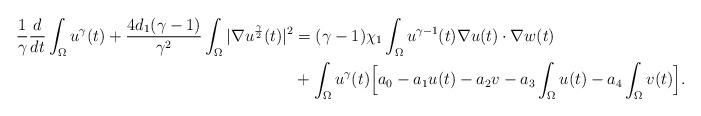
LaTeX: \begin{align*}\frac{1}{\gamma}\frac{d}{dt}\int_{\Omega}u^{\gamma}(t)+\frac{4d_1(\gamma-1)}{\gamma^2}\int_{\Omega} |\nabla u^{\frac{\gamma}{2}}(t)|^2& =(\gamma-1)\chi_1\int_{\Omega}u^{\gamma-1}(t)\nabla u (t)\cdot \nabla w(t) \\ &+\int_{\Omega}u^{\gamma}(t)\Big[a_0-a_1u(t)-a_2v-a_3\int_{\Omega}u(t)-a_4\int_{\Omega}v(t) \Big]. \end{align*}